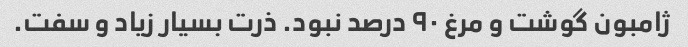
ژامبون گوشت و مرغ ۹۰ درصد نبود. ذرت بسیار زیاد و سفت.